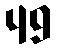
49